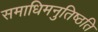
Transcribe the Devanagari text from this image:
समाधिमनुतिष्ठति